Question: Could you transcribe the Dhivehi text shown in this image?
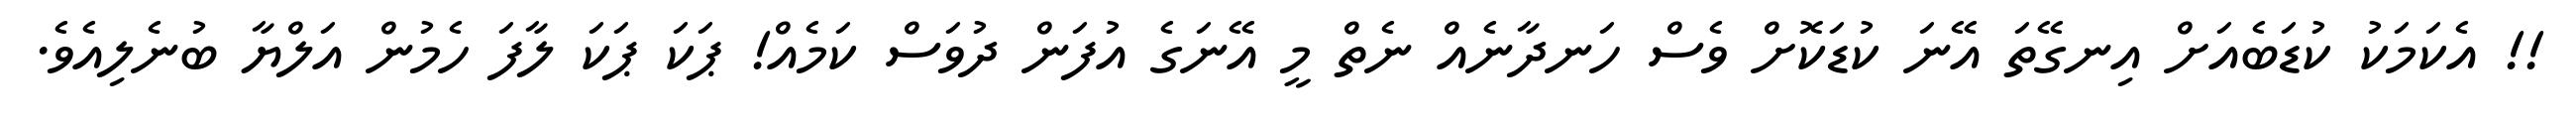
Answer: !! އެކަމަކު ކުޑަބެއަށް އިނގޭތަ އޭނަ ކުޑަކޮށް ވެސް ހަނދާނެއް ނެތް މީ އޭނަގެ އުފަން ދުވަސް ކަމެއް! ޕަކަ ޕަކަ ލާފަ ހެމުން އަލްޔާ ބުނެލިއެވެ.